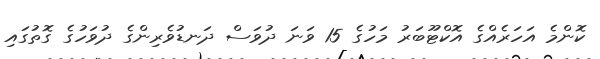
ކޮންމެ އަހަރެއްގެ އޮކްޓޫބަރު މަހުގެ 15 ވަނަ ދުވަސް ދަނޑުވެރިންގެ ދުވަހުގެ ގޮތުގައި